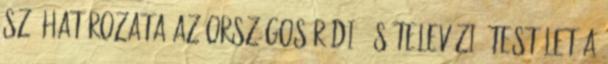
sz. HATÁROZATA Az Országos Rádió és Televízió Testület a